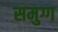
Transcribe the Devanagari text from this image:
समुग्ग